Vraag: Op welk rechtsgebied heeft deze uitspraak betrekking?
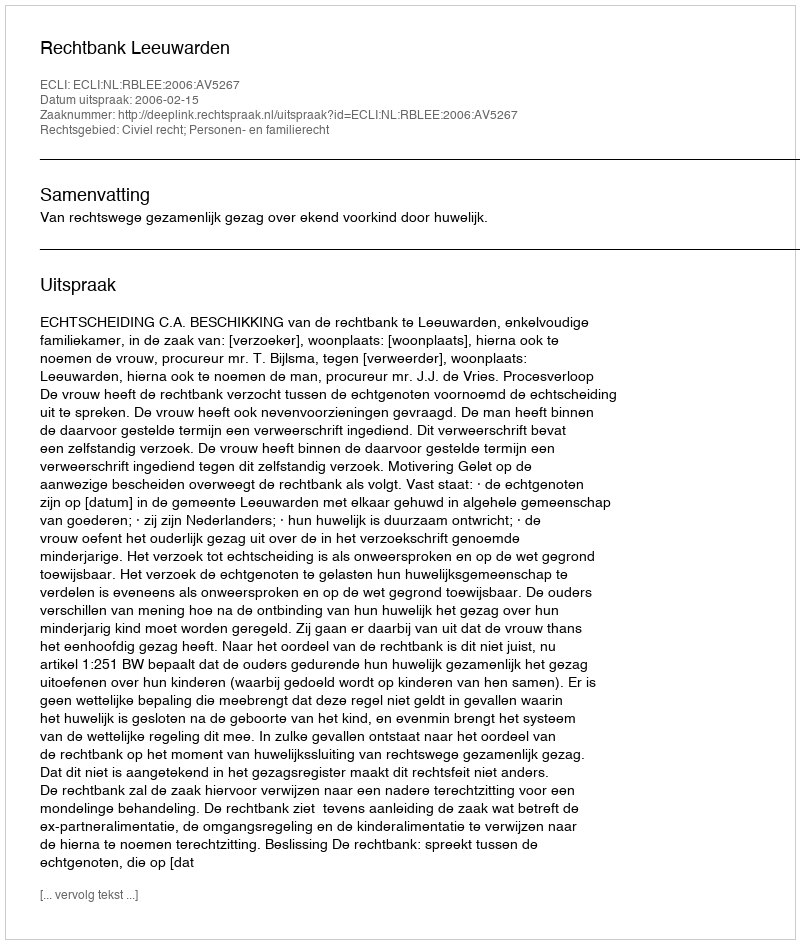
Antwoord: Civiel recht; Personen- en familierecht